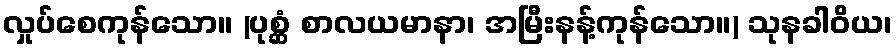
လှုပ်စေကုန်သော။ (ပုစ္ဆံ စာလယမာနာ၊ အမြီးနန့်ကုန်သော။) သုနခါဝိယ၊